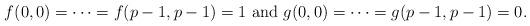
LaTeX: \begin{align*} f(0,0)=\dots=f(p-1,p-1)=1 \textrm{ and } g(0,0)=\dots=g(p-1,p-1)=0.\end{align*}